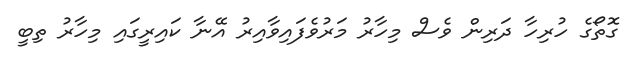
ގޮތޯގެ ހުރިހާ ދަރިން ވެސް މިހާރު މަރުވެފައިވާއިރު އޭނާ ކައިރީގައި މިހާރު ތިބީ